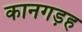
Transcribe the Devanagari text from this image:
कानगड़ह